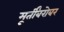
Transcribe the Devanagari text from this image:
मूर्तींबरोबर